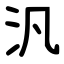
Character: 汎